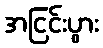
အငြင်းပွား